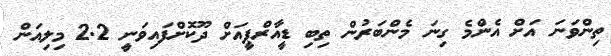
ތިންވަނަ އަށް އެންމެ ގިނަ މެންބަރުން ތިބި ޑީއާރްޕީއަށް ދޫކޮށްފައިވަނީ 2.2 މިލިއަން